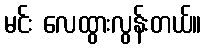
မင်း လေထွားလွန်းတယ်။